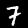
Digit: 7